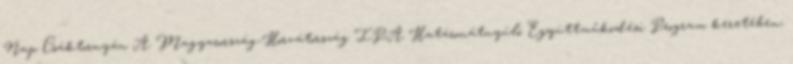
Nap Csáktornyán A Magyarország-Horvátország IPA Határonátnyúló Együttműködési Program keretében,